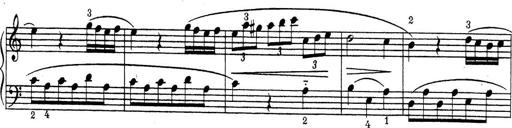
Title: ÄŒeskÃ© Sonatiny
Composer: Various